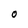
Character: O